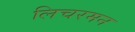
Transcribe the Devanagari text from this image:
लिचरमन